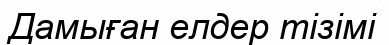
Дамыған елдер тізімі